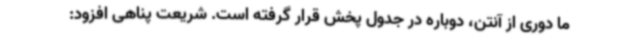
ما دوری از آنتن، دوباره در جدول پخش قرار گرفته است. شریعت پناهی افزود: